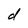
Character: d